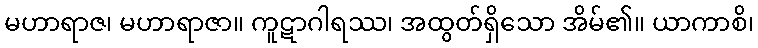
မဟာရာဇ၊ မဟာရာဇာ။ ကူဋာဂါရဿ၊ အထွတ်ရှိသော အိမ်၏။ ယာကာစိ၊